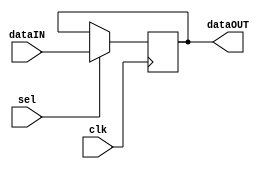
// ============================================================================
//   Ver  :| Author					:| Mod. Date :| Changes Made:
//   V1.0 :| viCppDev			   :| 27/01/2021:| Register
// ============================================================================

module Register (input clk, input wire [7:0] dataIN, output wire [7:0] dataOUT, input wire sel);

	reg [7:0] register;
	assign dataOUT = register;
	
	always @(posedge(clk)) begin
		if(sel)
			register = dataIN;
	end

endmodule